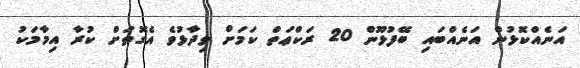
އަނެއްކޮޅުން އަނެއްބައި ބޭފުޅޫން 20 ރަކްޢަތް ކަމަށް ވިދާޅުވެ އެގޮތަށް ކުރާ އިމާމަކު